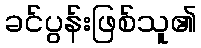
ခင်ပွန်းဖြစ်သူ၏